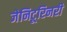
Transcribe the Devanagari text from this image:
जेनिटूरिनरी